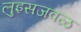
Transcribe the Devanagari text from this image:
लुइसजवळ